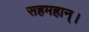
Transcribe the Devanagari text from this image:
सहमहान्।